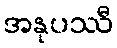
အနုပဿီ